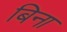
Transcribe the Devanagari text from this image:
बिना